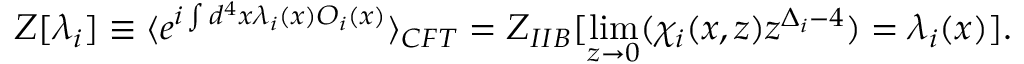
Z [ \lambda _ { i } ] \equiv \langle e ^ { i \int d ^ { 4 } x \lambda _ { i } ( x ) { \cal O } _ { i } ( x ) } \rangle _ { C F T } = Z _ { I I B } [ \operatorname * { l i m } _ { z \to 0 } ( \chi _ { i } ( x , z ) z ^ { \Delta _ { i } - 4 } ) = \lambda _ { i } ( x ) ] .